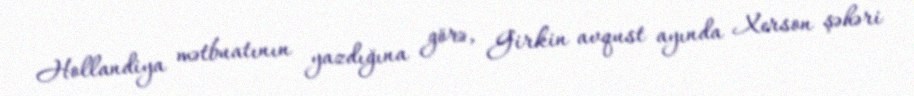
Hollandiya mətbuatının yazdığına görə, Girkin avqust ayında Xerson şəhəri